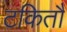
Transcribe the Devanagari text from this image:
टकितौ